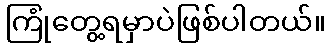
ကြုံတွေ့ရမှာပဲဖြစ်ပါတယ်။